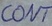
Text: CONT